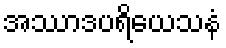
အဿာဒပရိယေသနံ